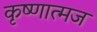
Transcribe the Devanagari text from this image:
कृष्णात्मज